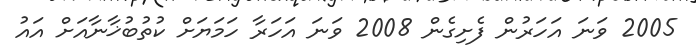
2005 ވަނަ އަހަރުން ފެށިގެން 2008 ވަނަ އަހަރާ ހަމަޔަށް ކުތުބުޚާނާއަށް އައު